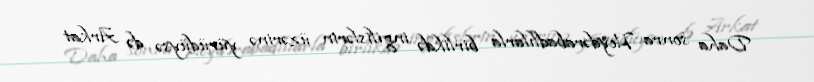
Daha sonra Heydərabadlılarla birlikdə ingilislərin üzərinə yürüdüysə də Arkat